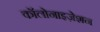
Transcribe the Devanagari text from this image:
कॉलोनाइज़ेशन